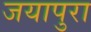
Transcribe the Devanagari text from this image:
जयापुरा